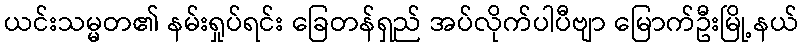
ယင်းသမ္မတ၏ နမ်းရှုပ်ရင်း ခြေတန်ရှည် အပ်လိုက်ပါပီဗျာ မြောက်ဦးမြို့နယ်